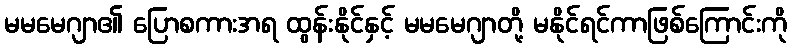
မမမေဂျာ၏ ပြောစကားအရ ထွန်းနိုင်နှင့် မမမေဂျာတို့ မနိုင်ရင်ကာဖြစ်ကြောင်းကို